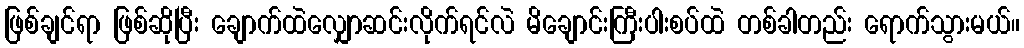
ဖြစ်ချင်ရာ ဖြစ်ဆိုပြီး ချောက်ထဲလျှောဆင်းလိုက်ရင်လဲ မိချောင်းကြီးပါးစပ်ထဲ တစ်ခါတည်း ရောက်သွားမယ်။